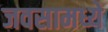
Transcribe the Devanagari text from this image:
जवसामध्ये